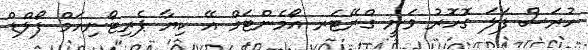
ހުރަސް ފަލަ ގޮހޮރު ވަނީ ގްރޭޓަރ އޯމެންޓަމް އޭ ކިޔާ ޕެރިޓޯނިއަމް ފޯލްޑް